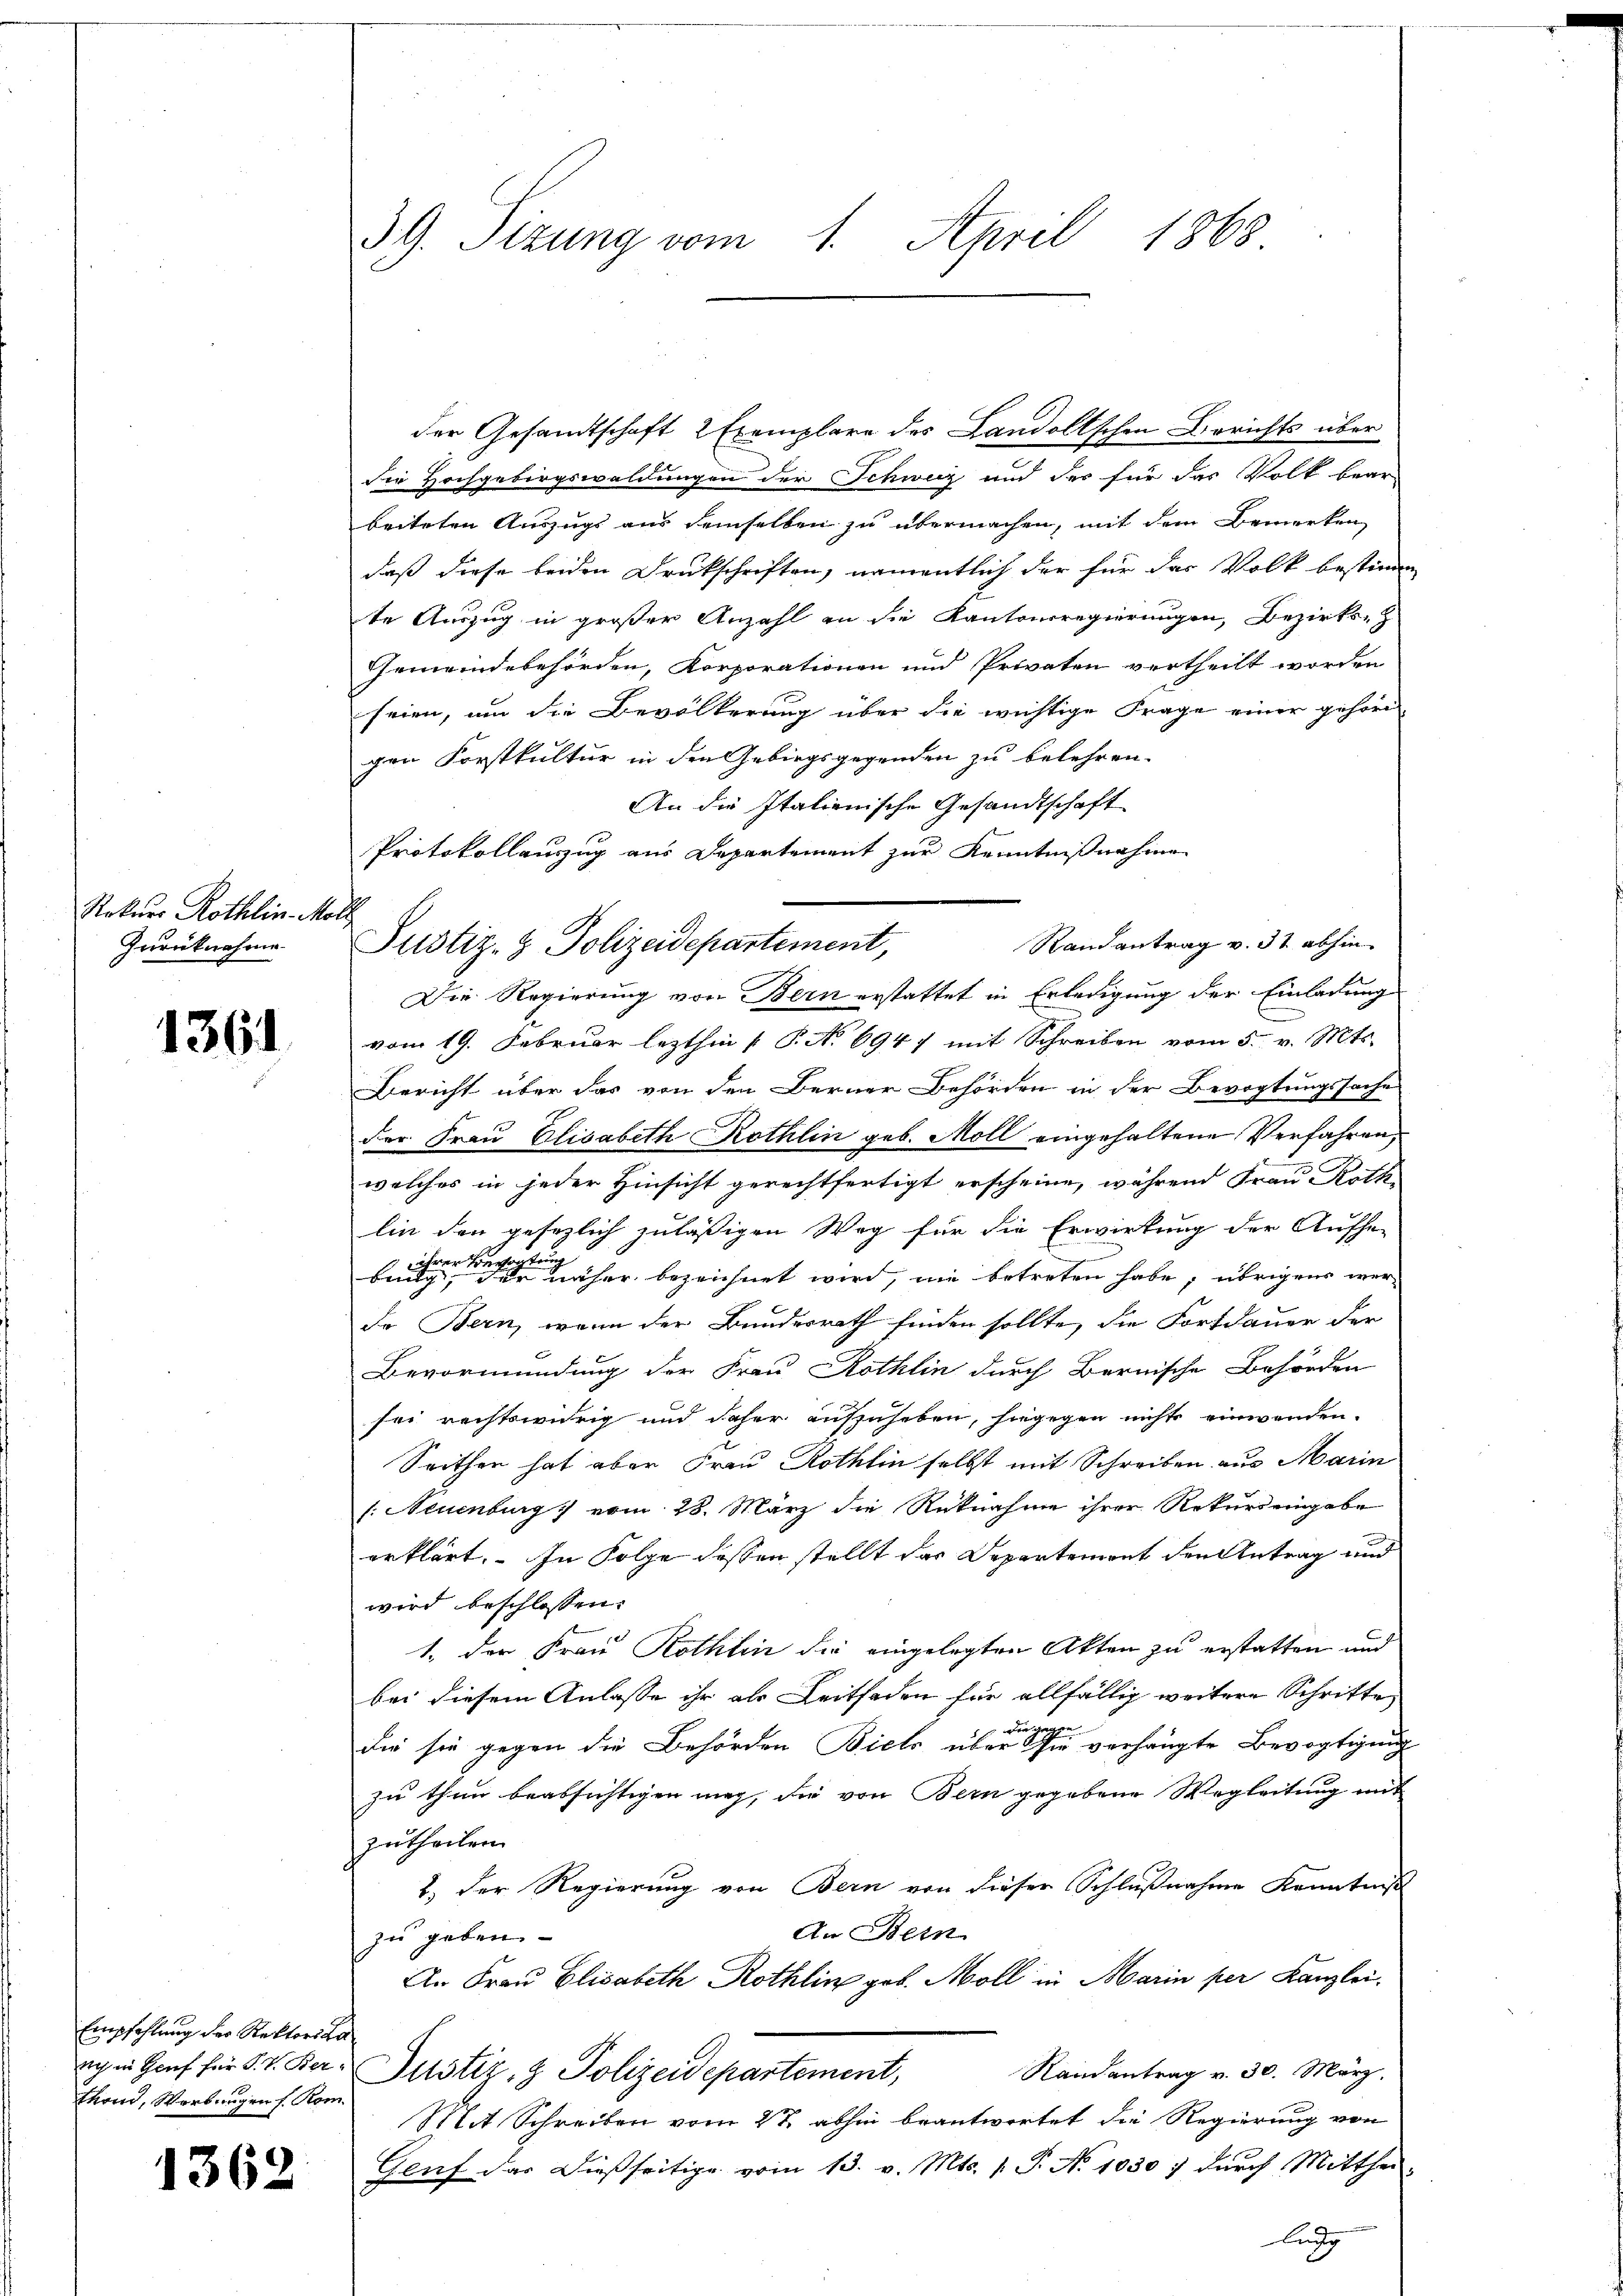
Rekurs Röthlin Moll
Zurücknahme

1361

der Gesandtschaft 2 Exemplare des Landoltschen Berichts über
die Hochgebirgswaldungen der Schweiz und der für das Volk bear-
beiteten Auszugs aus demselben zu übermachen, mit dem Bemerken
daß diese beiden Druckschriften, namentlich der für das Volk bestimm
te Auszug in großer Anzahl an die Kantonsregierungen, Bezirks-
Gemeindebehörden, Korporationen und Privaten vertheilt worden
seien, um die Bevölkerung über die wichtige Frage einer gehör-
gen Forstkultur in den Gebirgsgegenden zu belehren.
An die Italienische Gesandtschaft
Protokollauszug aus Departement zur Kenntnißnahme
Randantrag v. 31 abhin
Die Regierung von Bern erstattet in Erledigung der Einladung
vom 19. Februar lezthin  P. No 694) mit Schreiben vom 5. v. Mts.
Bericht über das von den Berner Behörden in der Bevogtungssache
der Frau Elisabeth Kothin geb. Moll eingehaltene Verfahren,
welches in jeder Hinsicht gerechtfertigt erscheine, während Frau Roth
lin den gesezlich zuläßigen Weg für die Erwirkung der Aufhe-
be                      her bezeichnet wird, wie betreten habe; übrigens wer-
de Bern, wenn der Bundesrath finden sollte, die Fortdauer der
Bevormundung der Frau Kothin durch Bernische Behörden
sei rechtswidrig und daher aufzuheben, hingegen nichts einwenden.
Seithen hat aber Frau Rothin selbst mit Schreiben aus Marin
(: Neuenburg vom 28. März die Rücknahme ihrer Rekurs eingabe
erklärt. In Folge dessen stellt des Departement den Antrag und
wird beschlossen.
1. Der Frau Kothin die eingelegten Akten zu erstatten und
bei diesem Anlasse ihr als Leitfaden für allfällig weitere Schritte
die sie gegen die Behörden Biel über die verhängte Bevogtigung
zu thun beabsichtigen mag, die von Bern gegebene Wegleitung mit
zutheilen.
1.) Der Regierung von Bern von dieser Schlußnahme Kenntniß
An Bein
zu geben.
An Frau Elisabeth Rothlin geb. Moll in Marin per Kanzlei.
ach in Genf für F. V. Der Justiz- & Polizeidepartement,
Rainantrag v. 30. März.
Mit Schreiben vom 27. abhin beantwortet die Regierung von
Genf das dießseitige vom 13. v. Mts. 1. P. No 1030; durch Mittheilung

Empfehlung der Rektorika
than, Werbungen Rom

1362

39. Sizung vom 1. April 1868

Justiz- & Polizeidepartement,